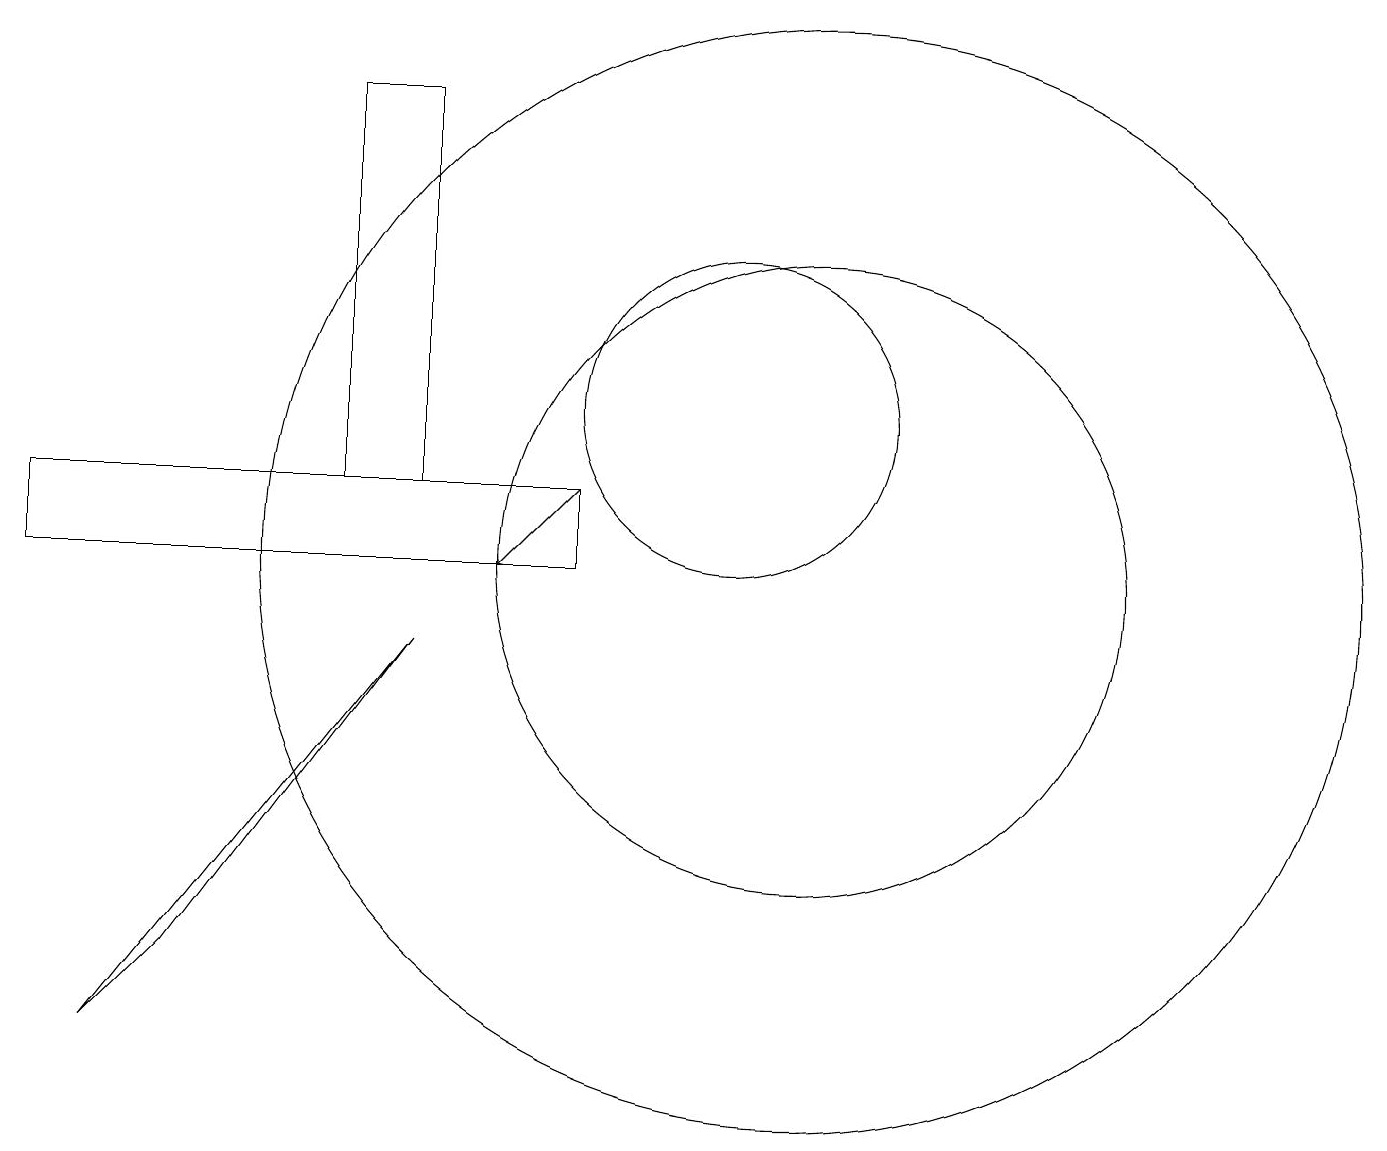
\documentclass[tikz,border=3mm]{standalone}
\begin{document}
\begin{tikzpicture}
\draw (6,9) -- (2,4) -- (3,5) -- cycle;
\draw[->] (8,11) -- (7,10);
\draw (1,11) rectangle (8,10);
\draw (10,12) circle (2);
\draw (5,11) rectangle (6,16);
\draw (11,10) circle (4);
\draw (11,10) circle (7);
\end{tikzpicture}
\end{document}